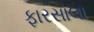
ફારસાલા